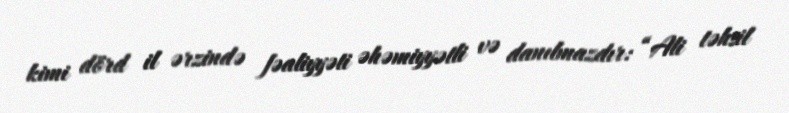
kimi dörd il ərzində fəaliyyəti əhəmiyyətli və danılmazdır: “Ali təhsil